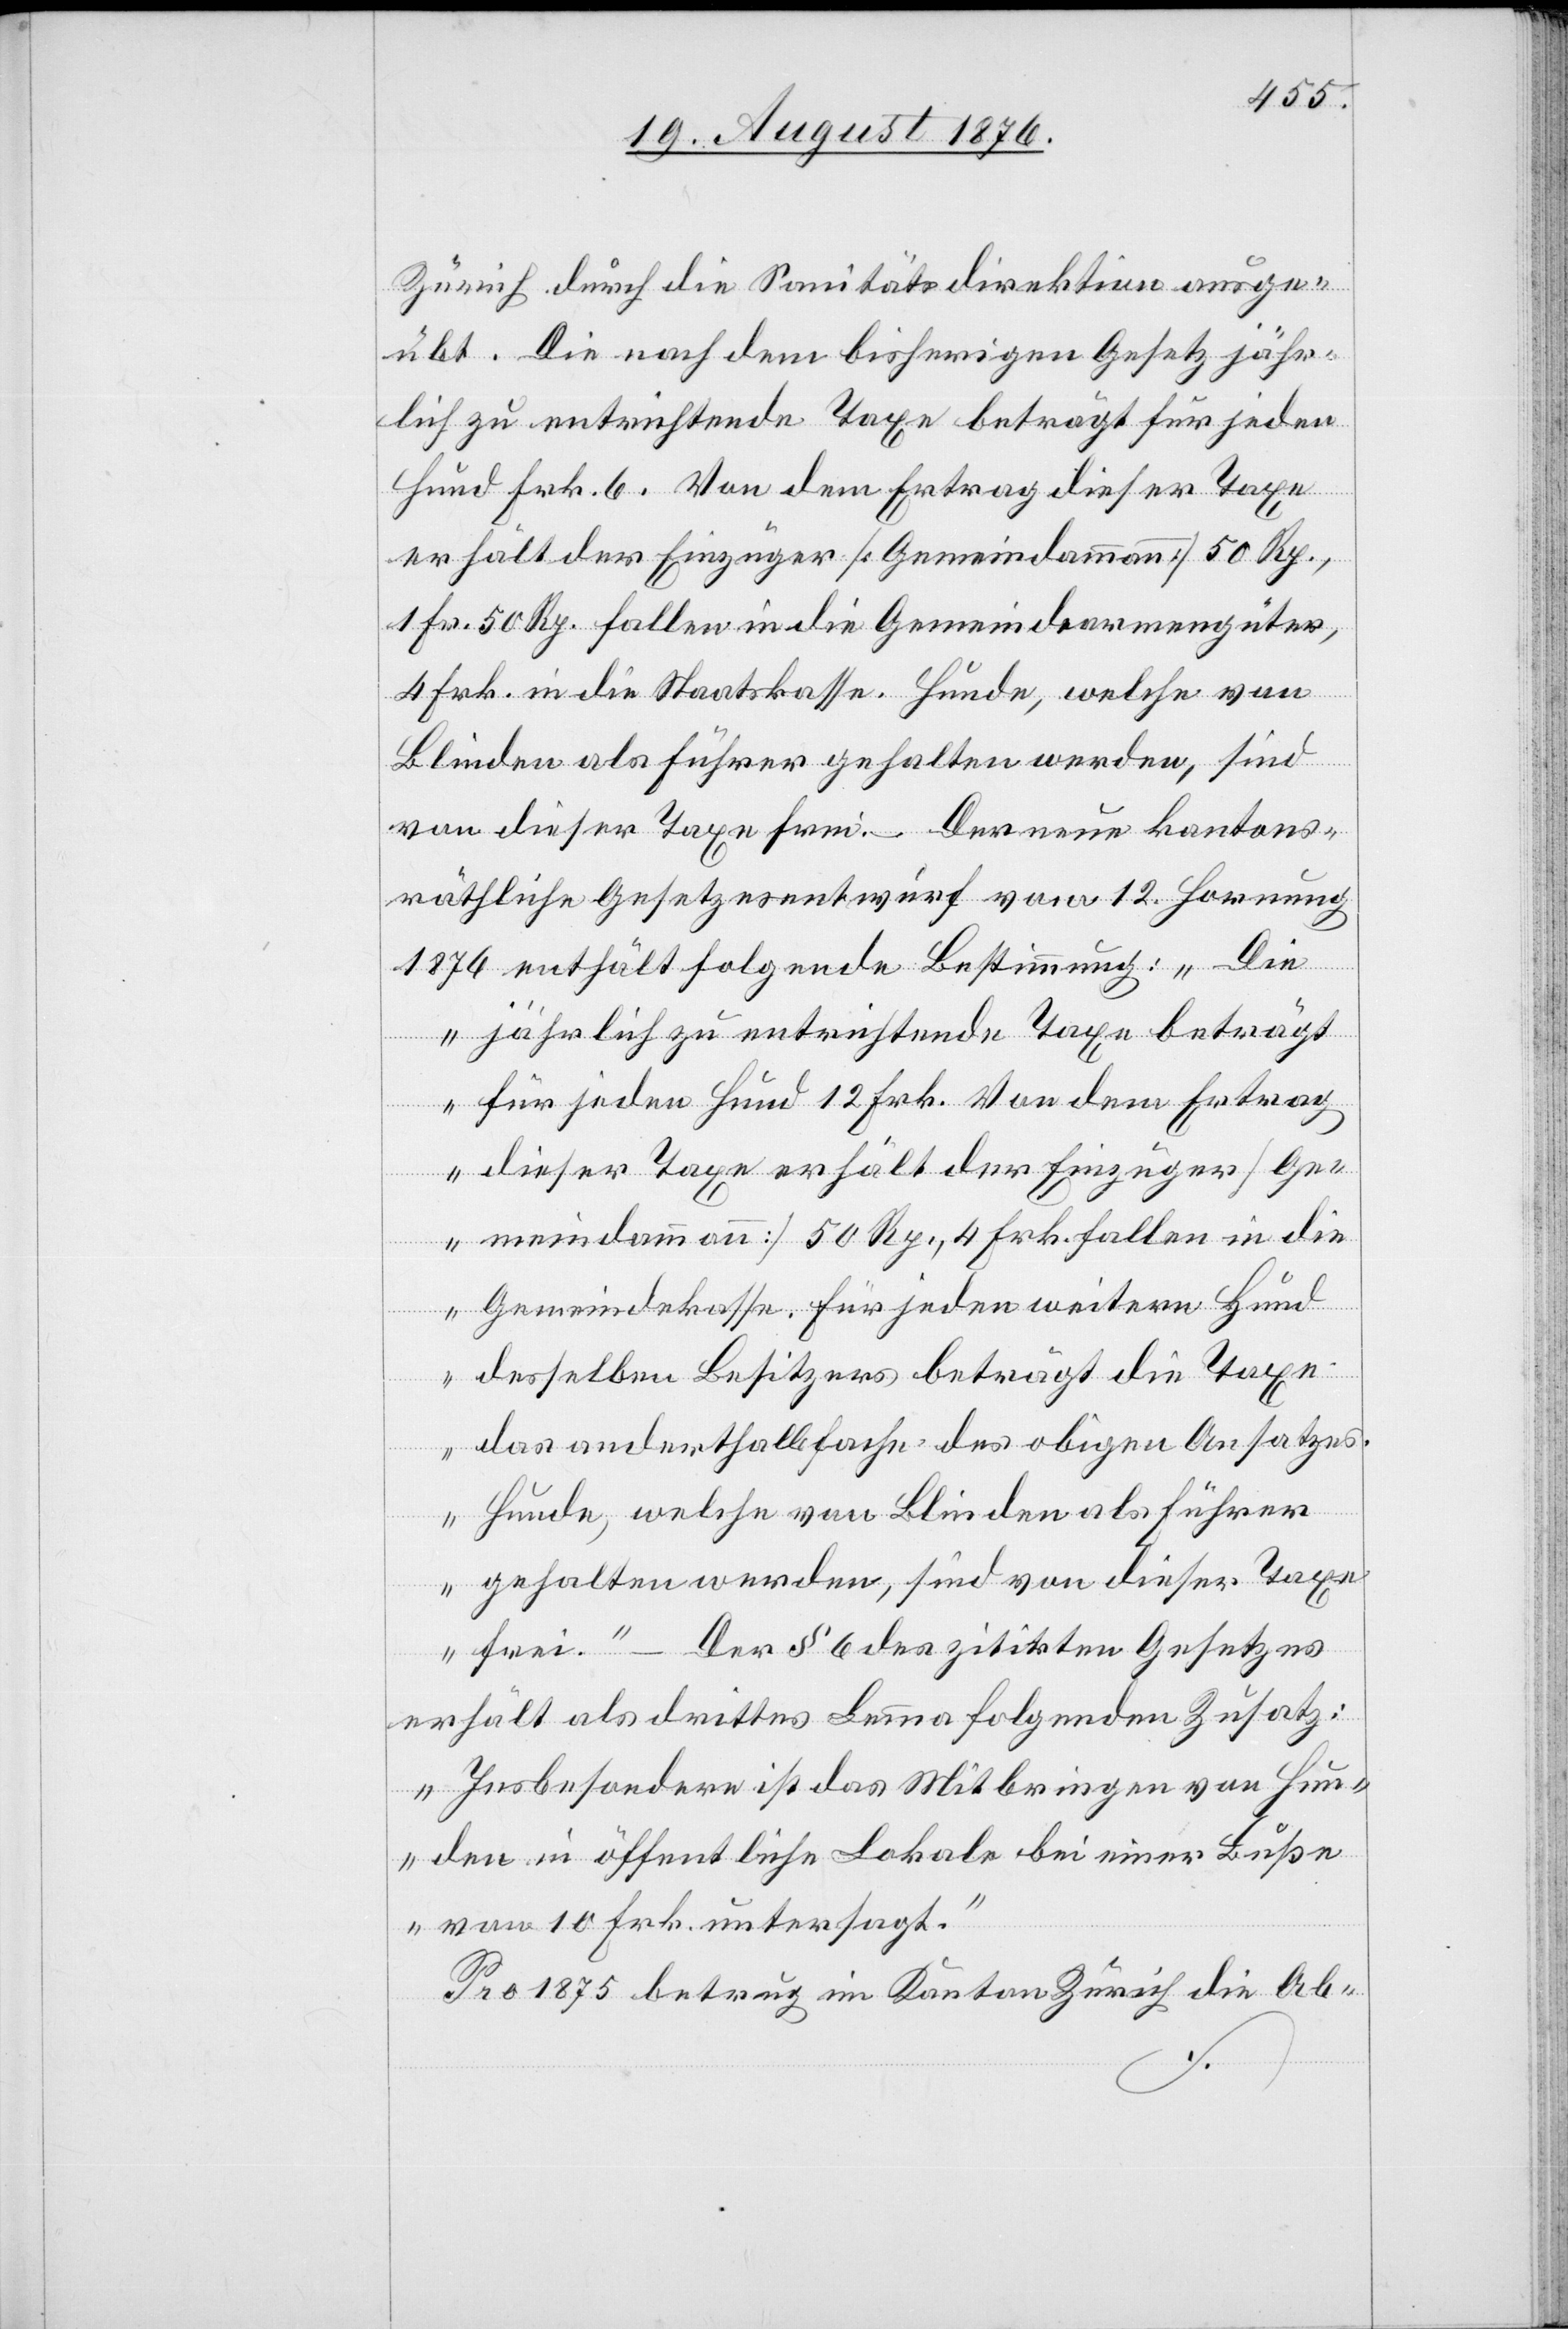
Zürich durch die Sanitätsdirektion ausge¬
übt. Die nach dem bisherigen Gesetz jähr¬
lich zu entrichtende Taxe beträgt für jeden
Hund Frk. 6. Von dem Ertrag dieser Taxe
erhält der Einzüger [Gemeindammann] 50 Rp.,
1 Fr. 50 Rp. fallen in die Gemeindearmengüter,
4 Frk. in die Staatskasse. Hunde, welche von
Blinden als Führer gehalten werden, sind
von dieser Taxe frei. – Der neue kantons¬
räthliche Gesetzesentwurf vom 12. Hornung
1876 enthält folgende Bestimmung: „Die
jährlich zu entrichtende Taxe beträgt
für jeden Hund 12 Frk. Von dem Ertrag
dieser Taxe erhält der Einzüger [Ge¬
meindammann] 50 Rp., 4 Frk. fallen in die
Gemeindekasse. Für jeden weitern Hund
desselben Besitzers beträgt die Taxe
das anderthalbfache des obigen Ansatzes.
Hunde, welche von Blinden als Führer
gehalten werden, sind von dieser Taxe
befreit.“ – Der § 6 des zitirten Gesetzes
erhält als drittes Lemma folgenden Zusatz:
„Insbesondere ist das Mitbringen von Hun¬
den in öffentliche Lokale bei einer Buße
von 10 Frk. untersagt.“
Pro 1875 betrug im Kanton Zürich die Ab-